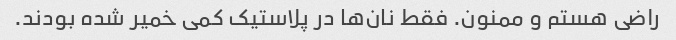
راضی هستم و ممنون. فقط نان‌ها در پلاستیک کمی خمیر شده بودند.